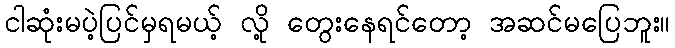
ငါဆုံးမပဲ့ပြင်မှရမယ့် လို့ တွေးနေရင်တော့ အဆင်မပြေဘူး။